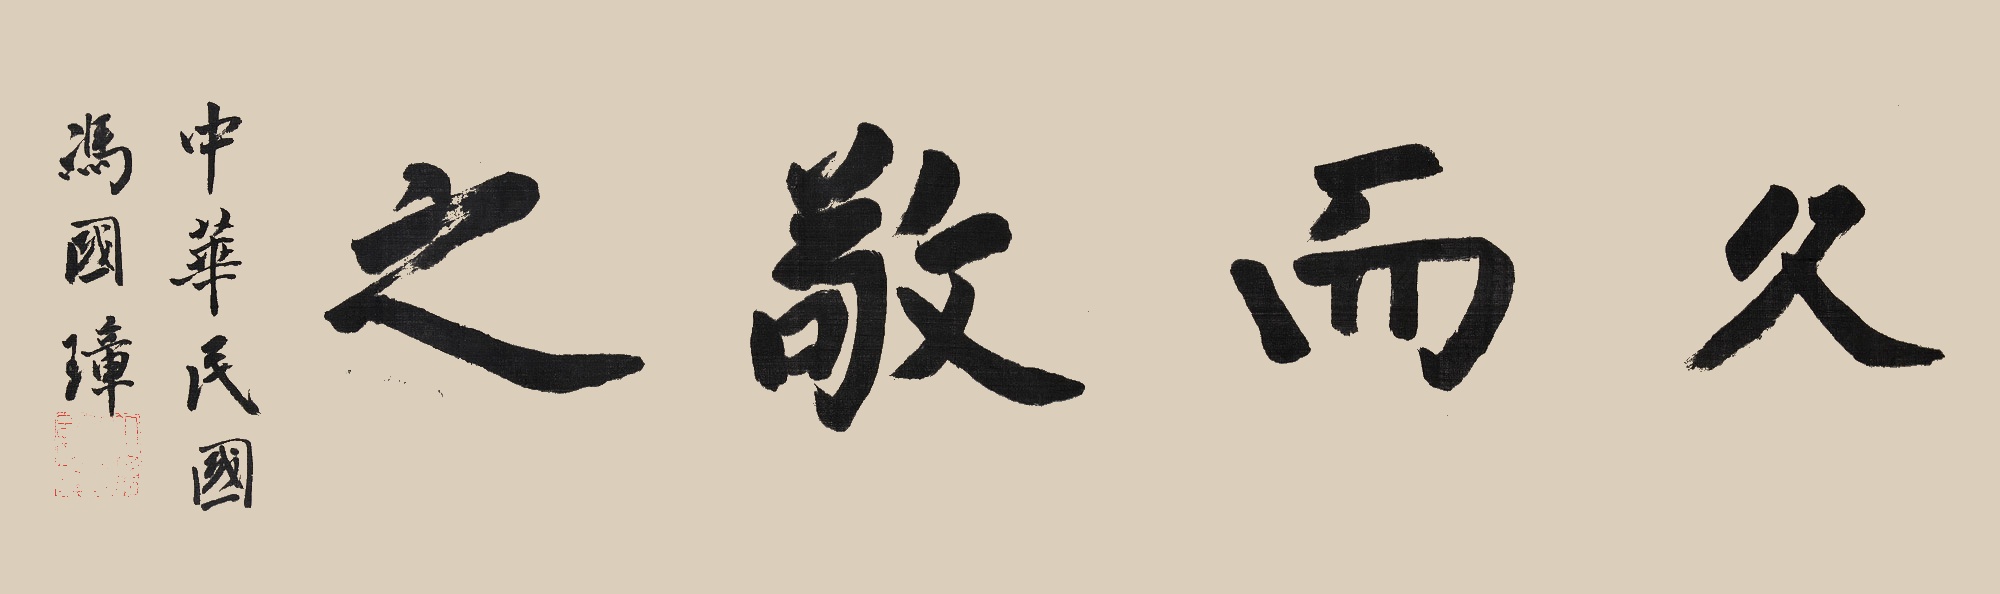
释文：久而敬之。中华民国，冯国璋。